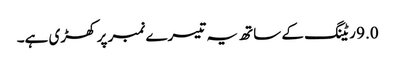
9.0 ریٹنگ کے ساتھ یہ تیسرے نمبر پر کھڑی ہے۔